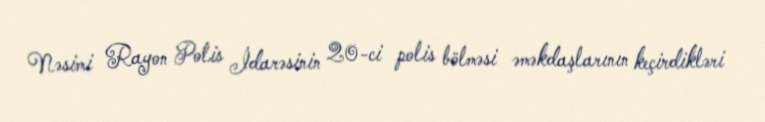
Nəsimi Rayon Polis İdarəsinin 20-ci polis bölməsi əməkdaşlarının keçirdikləri